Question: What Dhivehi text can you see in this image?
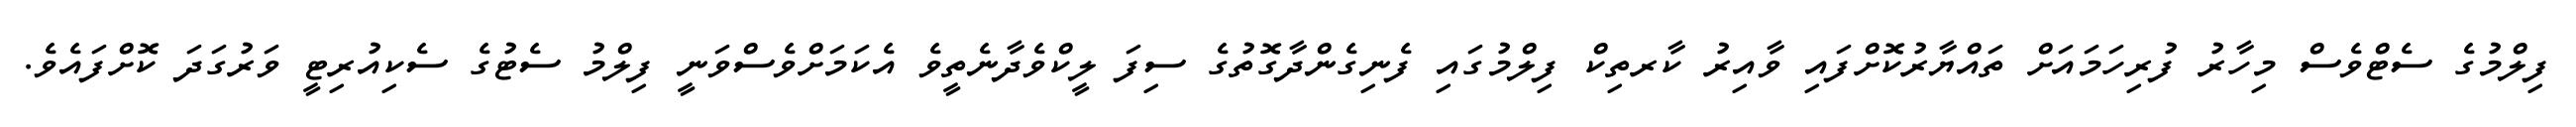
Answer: ފިލްމުގެ ސެޓްވެސް މިހާރު ފުރިހަމައަށް ތައްޔާރުކޮށްފައި ވާއިރު ކާރތިކް ފިލްމުގައި ފެނިގެންދާގޮތުގެ ސިފަ ލީކްވެދާނެތީވެ އެކަމަށްވެސްވަނީ ފިލްމު ސެޓުގެ ސެކިއުރިޓީ ވަރުގަދަ ކޮށްފައެވެ.